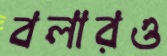
বলারও